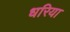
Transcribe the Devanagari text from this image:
धरिया